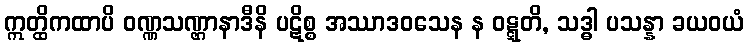
ဣတ္ထိကထာပိ ဝဏ္ဏသဏ္ဌာနာဒီနိ ပဋိစ္စ အဿာဒဝသေန န ဝဋ္ဋတိ, သဒ္ဓါ ပသန္နာ ခယဝယံ